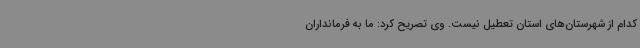
کدام از شهرستان‌های استان تعطیل نیست. وی تصریح کرد: ما به فرمانداران